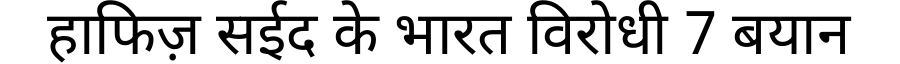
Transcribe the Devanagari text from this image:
हाफिज़ सईद के भारत विरोधी 7 बयान